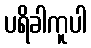
ပရိခါကူပါ